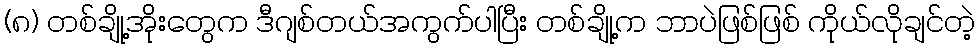
(၈) တစ်ချို့အိုးတွေက ဒီဂျစ်တယ်အကွက်ပါပြီး တစ်ချို့က ဘာပဲဖြစ်ဖြစ် ကိုယ်လိုချင်တဲ့